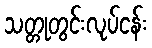
သတ္တုတွင်းလုပ်ငန်း